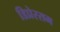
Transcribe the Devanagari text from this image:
डिप्रेस्सम